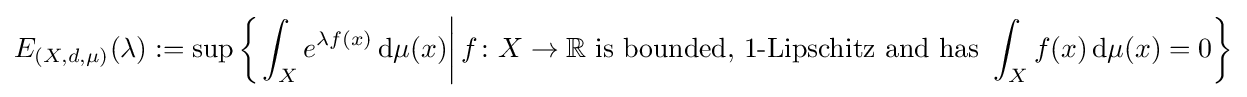
E_{(X,d,\mu )}(\lambda ):=\sup \left\{\left.\int _{X}e^{\lambda f(x)}\,\mathrm {d} \mu (x)\right|f\colon X\to \mathbb {R} {\text{ is bounded, 1-Lipschitz and has }}\int _{X}f(x)\,\mathrm {d} \mu (x)=0\right\}